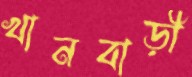
খানবাড়ী